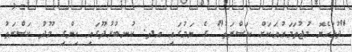
"ދުޅަހެޔޮ މުޖުތަމަޢުއަކަށް ކަސްރަތު" ގެ ނަމުގައި އދ. ކުނބުރުދޫގައި ހިންގި މޫދު ކަސްރަތު